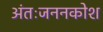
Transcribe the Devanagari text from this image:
अंतःजननकोश